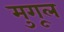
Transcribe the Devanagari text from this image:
मुगूल